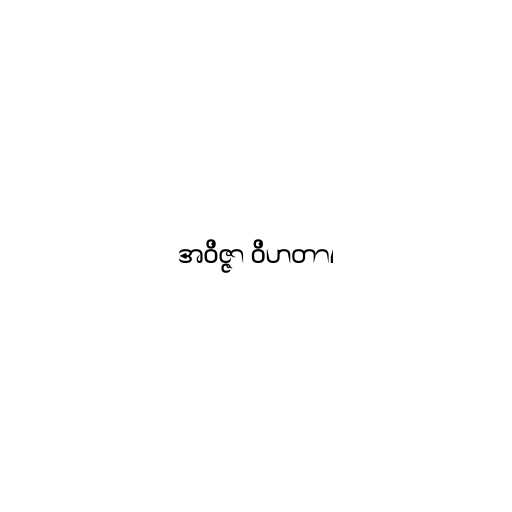
အဝိဇ္ဇာ ဝိဟတာ၊